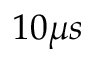
1 0 \mu s